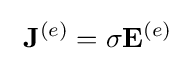
\ \mathbf {J} ^{(e)}=\sigma \mathbf {E} ^{(e)}\